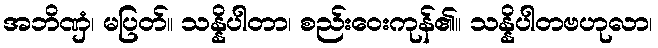
အဘိဏှံ၊ မပြတ်။ သန္နိပါတာ၊ စည်းဝေးကုန်၏။ သန္နိပါတဗဟုလာ၊